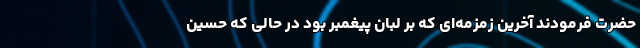
حضرت فرمودند آخرین زمزمه‌ای که بر لبان پیغمبر بود در حالی که حسین